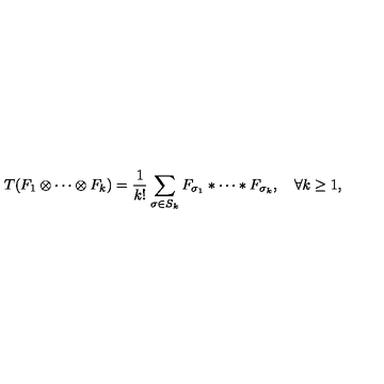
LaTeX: T ( F _ { 1 } \otimes \cdots \otimes F _ { k } ) = { \frac { 1 } { k ! } } \sum _ { \sigma \in S _ { k } } F _ { \sigma _ { 1 } } \ast \cdots \ast F _ { \sigma _ { k } } , \quad \forall k \geq 1 ,